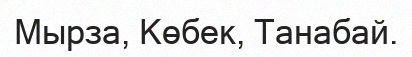
Мырза, Көбек, Танабай.